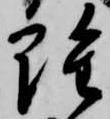
雖